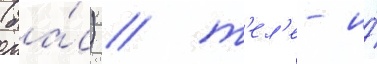
(ба́с) / т'ел'е- и́